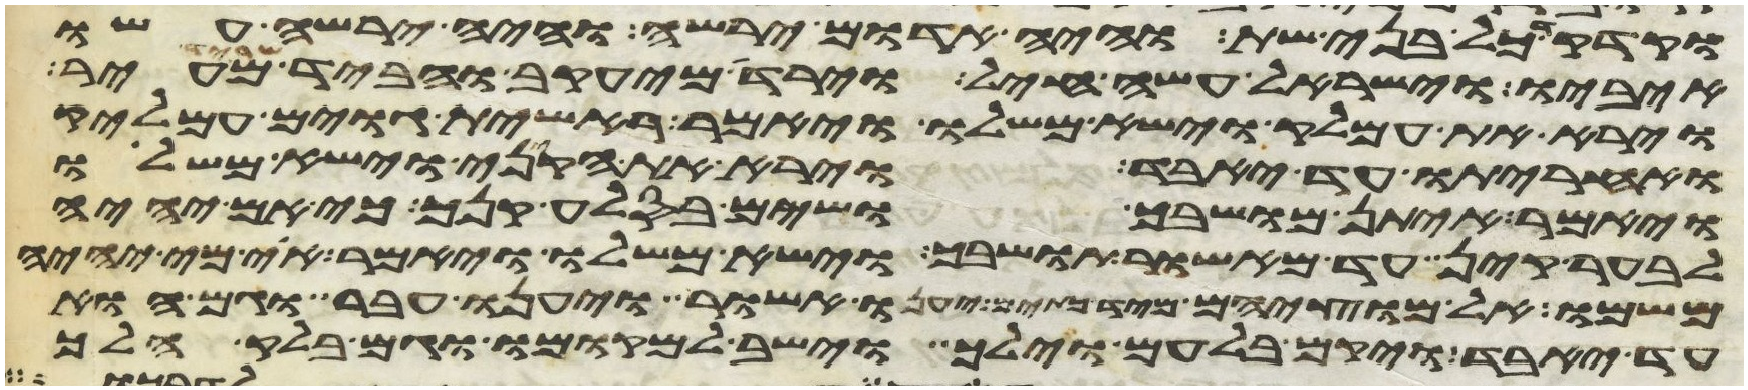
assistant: וקדקד כל בני שת והיה אדום ירשה והיה ירשה עשו
איביו וישראל עשה חיל וירד מיעקב והאביד שריד מעיר
וירא את עמלק וישא משלו ויאמר ראשית גוים עמלק
ואחריתו עד יאבד וירא את הקיני וישא משלו
ויאמר איתן מושבך ושים בסלע קנך כי אם יהיה
לבער קין עד מאשור תושבך וישא משלו ויאמר אוי מי יהיה
משמו אל יוציאם מיד כתים יענו אשור ויענו עבר וגם הוא
עד יאבד ויקם בלעם וילך וישב למקומו וגם בלק הלך